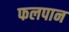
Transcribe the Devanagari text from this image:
फलपान